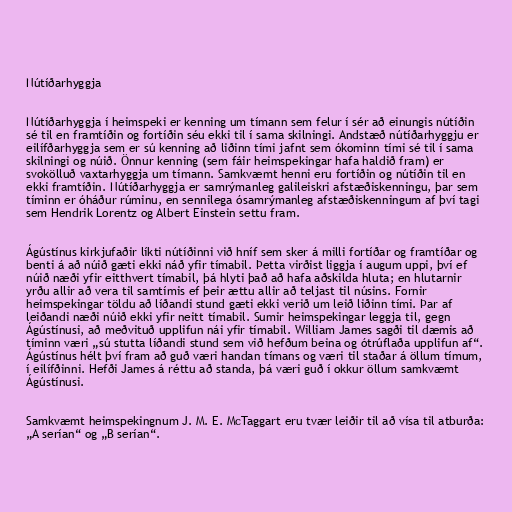
Nútíðarhyggja

Nútíðarhyggja í heimspeki er kenning um tímann sem felur í sér að einungis nútíðin
sé til en framtíðin og fortíðin séu ekki til í sama skilningi. Andstæð nútíðarhyggju er
eilífðarhyggja sem er sú kenning að liðinn tími jafnt sem ókominn tími sé til í sama
skilningi og núið. Önnur kenning (sem fáir heimspekingar hafa haldið fram) er
svokölluð vaxtarhyggja um tímann. Samkvæmt henni eru fortíðin og nútíðin til en
ekki framtíðin. Nútíðarhyggja er samrýmanleg galileiskri afstæðiskenningu, þar sem
tíminn er óháður rúminu, en sennilega ósamrýmanleg afstæðiskenningum af því tagi
sem Hendrik Lorentz og Albert Einstein settu fram.

Ágústínus kirkjufaðir líkti nútíðinni við hníf sem sker á milli fortíðar og framtíðar og
benti á að núið gæti ekki náð yfir tímabil. Þetta virðist liggja í augum uppi, því ef
núið næði yfir eitthvert tímabil, þá hlyti það að hafa aðskilda hluta; en hlutarnir
yrðu allir að vera til samtímis ef þeir ættu allir að teljast til núsins. Fornir
heimspekingar töldu að líðandi stund gæti ekki verið um leið liðinn tími. Þar af
leiðandi næði núið ekki yfir neitt tímabil. Sumir heimspekingar leggja til, gegn
Ágústínusi, að meðvituð upplifun nái yfir tímabil. William James sagði til dæmis að
tíminn væri „sú stutta líðandi stund sem við hefðum beina og ótrúflaða upplifun af“.
Ágústínus hélt því fram að guð væri handan tímans og væri til staðar á öllum tímum,
í eilífðinni. Hefði James á réttu að standa, þá væri guð í okkur öllum samkvæmt
Ágústínusi.

Samkvæmt heimspekingnum J. M. E. McTaggart eru tvær leiðir til að vísa til atburða:
„A serían“ og „B serían“.